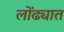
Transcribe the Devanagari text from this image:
लोंढ्यात